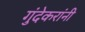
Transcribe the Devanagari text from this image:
गुंदेकरांनी